Lunatic asylums United Provinces 1909-1921 - 1909-1921
Year: 1909
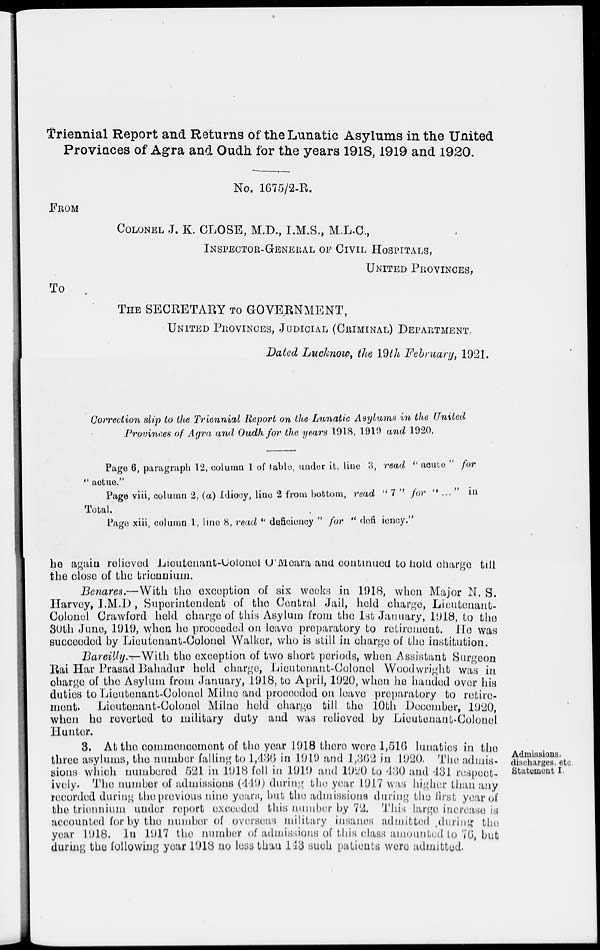
Triennial Report and Returns of the Lunatic Asylums in the United
Provinces of Agra and Oudh for the years 1918,1919 and 1920.
FROM
To
No. 1675/2-E.
COLONEL J. K. CLOSE, M.D., I.M.S., M.L.C.,
INSPECTOR-GENEUAL OF CIVIL HOSPITALS,
UNITED PROVINCES,
THE SECRETARY TO GOVERNMENT,
UNITED PROVINCES, JUDICIAL (CRIMINAL) DEPARTMENT.
Dated Lucknow, the 19th February, 1921.
Correction slip to the Triennial Report on the Lunatic Asylums in the United
Provinces of Agra and Oudh for the years 1018, 191!) and 1920.
Pago 6, paragraph 12, column 1 of table, under it, hue 3, read " acute ' for
" actue."
Page viii, column 2, (a) Idiooy, lino 2 from bottom, read " 7 " for «< ...' in
Total.
Page xiii, column 1, line 8, read " deficiency " for " dofi iency."
ho again roliovod Lieutenant-Uolonel U'Meara ana continued to hold oharge till
the close of the trionniuin.
Benares.—With tho exception of six weeks in 1918, whon Major N. S.
Harvey, l.M.l), Superintendent of tho Central Jail, held oharge, Lieutenant-
Colonel Crawford held charge of this Asylum from tho 1st January, 1918, to tho
39th Juno, 1919, when he proceeded on leave preparatory to retirement. He was
succeeded by Lieutenant-Colonel Walker, who is still in oharge of the institution.
Bareilly.—With tho exception of two short periods, when Assistant Surge eon
Bai Har Prasad Bahadur held oharge, Lieutenant-Oolonel Woodwright was in
charge of tho Asylum from January, 1918, to April, 1920, when he handed over his
duties to Lieutenant-Oolonel Milne and proceeded on leave preparatory to retire-
ment! Lieutenant-Oolonel Milne held oharge till the 10th December, 1920,
when he reverted to military duty and was reliovod by Lieutenant-Colonel
Hunter.
3. At the commencement of tho year 1918 thero wore 1,518 Lunatics in tho
throe asylums, the number falling to 1,486 in 1919 and 1,862 in 1920. The admis-
sions which numbered 521 in 1918 foil in 1919 and 1920 to 430 and 131 respect-
ively. The number of admissions (419) during the year 1917 was higher than any
recorded during tho previous nine years, hut tho admissions during the first year of
the triennium under report exceeded this number by 72. This large inorease is
accounted for by tho numbor of overseas military insanos admitted (luring tin;
year 1918. In 1917 the number of admissions of this class amounted to 76, but
during the following year 1918 no less than 1-13 such patients were admitted"
Admissions,
discharges, etc
Statement I